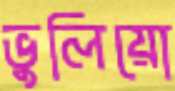
ভুলিয়ো